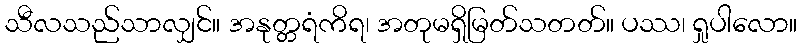
သီလသည်သာလျှင်။ အနုတ္တရံကိရ၊ အတုမရှိမြတ်သတတ်။ ပဿ၊ ရှုပါလော။